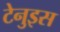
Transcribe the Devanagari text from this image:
टेनुइस